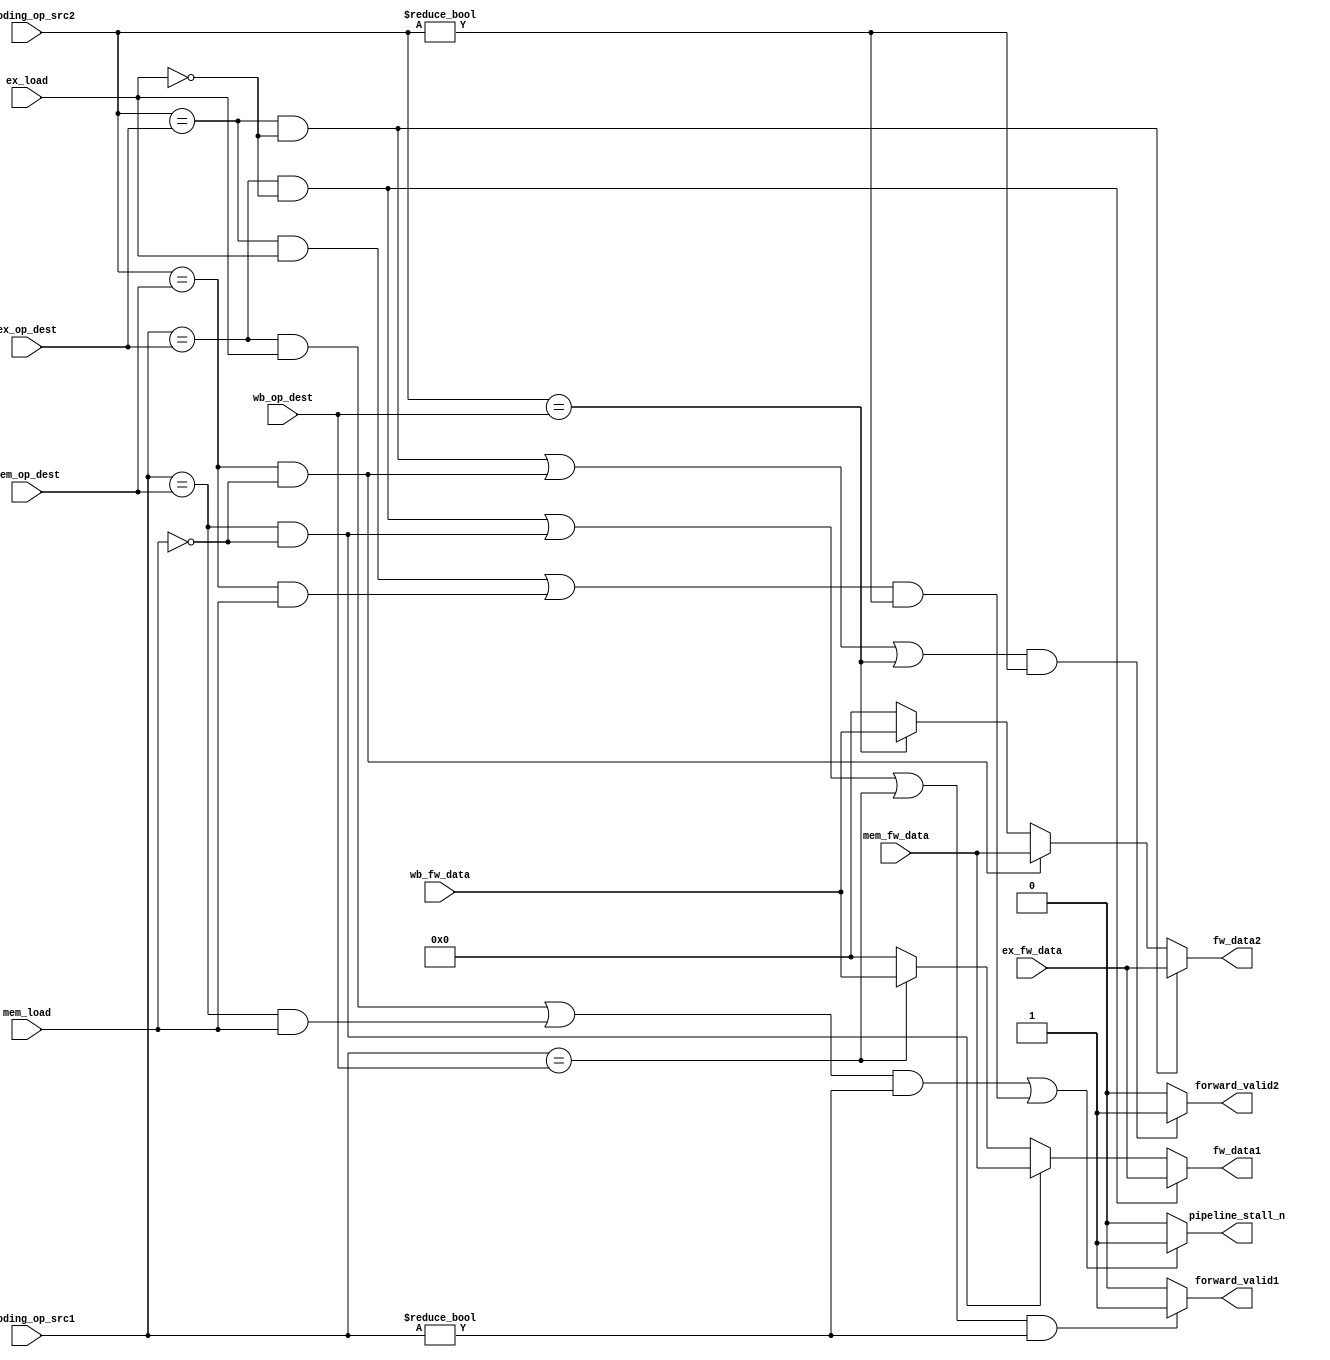
module hazard_detection_unit ( input[2:0] decoding_op_src1,decoding_op_src2,ex_op_dest,mem_op_dest,wb_op_dest,
										 output reg pipeline_stall_n,forward_valid1,forward_valid2,input [15:0] ex_fw_data,mem_fw_data,wb_fw_data
										 ,input ex_load,mem_load,output reg[15:0] fw_data1,fw_data2);
										 
	always@(*)begin
		pipeline_stall_n=( (( ((decoding_op_src1==ex_op_dest) && (ex_load==1'b1))||((decoding_op_src1==mem_op_dest) && (mem_load==1'b1)) )
									&& (decoding_op_src1!=3'd0) )
									||
								  (( ((decoding_op_src2==ex_op_dest) && (ex_load==1'b1))||((decoding_op_src2==mem_op_dest) && (mem_load==1'b1)) )
									&& (decoding_op_src2!=3'd0) ) )?
							1'b1:1'b0;
		fw_data1=((decoding_op_src1==ex_op_dest) && (ex_load==1'b0)) ? ex_fw_data :
				  (((decoding_op_src1==mem_op_dest) && (mem_load==1'b0)) ? mem_fw_data :
					((decoding_op_src1==wb_op_dest)? wb_fw_data:16'd0));
		fw_data2=((decoding_op_src2==ex_op_dest) && (ex_load==1'b0)) ? ex_fw_data :
				  (((decoding_op_src2==mem_op_dest) && (mem_load==1'b0)) ? mem_fw_data :
					((decoding_op_src2==wb_op_dest)? wb_fw_data:16'd0));
					
		forward_valid1=((((decoding_op_src1==ex_op_dest) && (ex_load==1'b0)) ||
							((decoding_op_src1==mem_op_dest) && (mem_load==1'b0)) ||
							(decoding_op_src1==wb_op_dest))&& (decoding_op_src1!=3'd0) )?1'b1:1'b0;
		forward_valid2=((((decoding_op_src2==ex_op_dest) && (ex_load==1'b0)) ||
							((decoding_op_src2==mem_op_dest) && (mem_load==1'b0)) ||
							(decoding_op_src2==wb_op_dest))&& (decoding_op_src2!=3'd0) )?1'b1:1'b0;
	end
endmodule